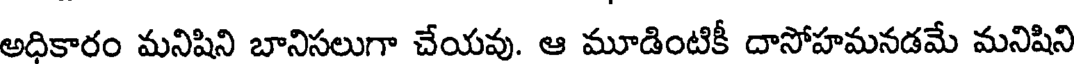
అధికారం మనిషిని బానిసలుగా చేయవు. ఆ మూడింటికీ దాసోహమనడమే మనిషిని